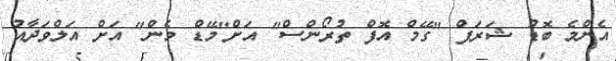
އެންމެ ބޮޑު ޝަރަފް "ގޭމް އޮފް ތުރޯންސް" އަށް"މޭޑް މެން" އަށް އަލްވަދާއު